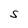
Character: S